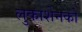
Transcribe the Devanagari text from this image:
लुकाशेनको